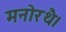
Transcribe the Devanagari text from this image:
मनोरथै।